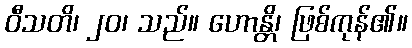
ဝီသတိ၊ ၂၀၊ သည်။ ဟောန္တိ၊ ဖြစ်ကုန်၏။